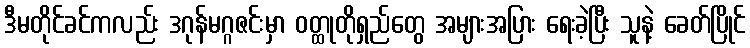
ဒီမတိုင်ခင်ကလည်း ဒဂုန်မဂ္ဂဇင်းမှာ ဝတ္ထုတိုရှည်တွေ အများအပြား ရေးခဲ့ပြီး သူနဲ့ ခေတ်ပြိုင်